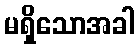
မရှိသောအခါ